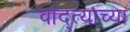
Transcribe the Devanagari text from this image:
वांद्त्‍याच्या